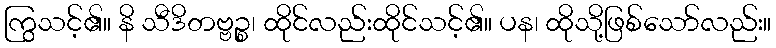
ကြွသင့်၏။ နိ သီဒိတဗ္ဗဉ္စ၊ ထိုင်လည်းထိုင်သင့်၏။ ပန၊ ထိုသို့ဖြစ်သော်လည်း။